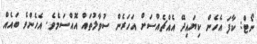
ނޯޓް: ކާފަ އެހެން ކިޔައިދޭ އެއްޗެއްސަށް އަހަރެން ސުވާލުތައް އޮއްސަމެވެ. އެހެންވެ ބައެއް